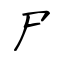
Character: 尸